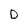
Character: D